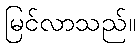
မြင်လာသည်။